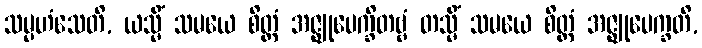
သမ္ပဟံသေတိ, ယသ္မိံ သမယေ စိတ္တံ အဇ္ဈုပေက္ခိတဗ္ဗံ တသ္မိံ သမယေ စိတ္တံ အဇ္ဈုပေက္ခတိ,